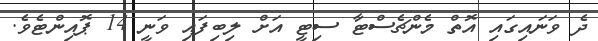
ދެ ވަނައިގައި އޮތް މެންޗެސްޓާ ސިޓީ އަށް ލިބިފައި ވަނީ 14 ޕޮއިންޓެވެ.